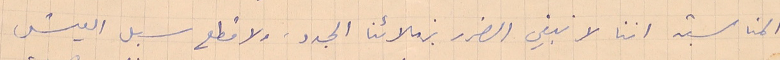
المناسبة اننا لا نبغي الضرر بزملائنا الجدد، ولا قطع سبل العيش